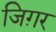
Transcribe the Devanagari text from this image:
जिग़र